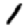
Digit: 1